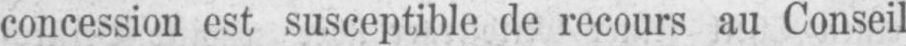
concession est susceptible de recours au Conseil